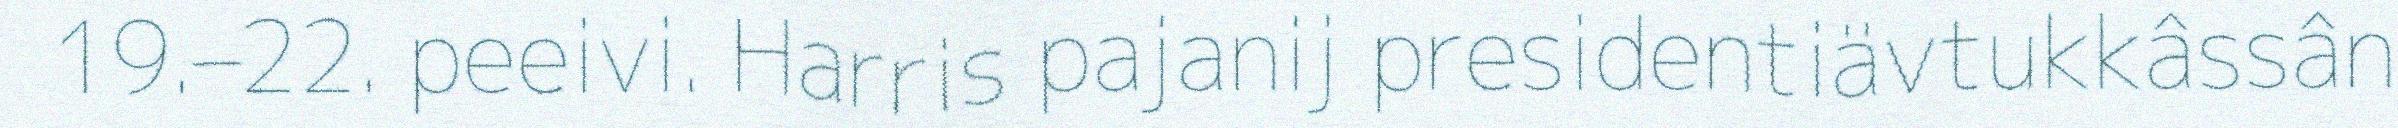
19.–22. peeivi. Harris pajanij presidentiävtukkâssân